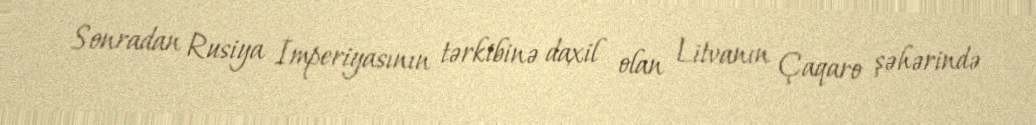
Sonradan Rusiya İmperiyasının tərkibinə daxil olan Litvanın Çaqaro şəhərində